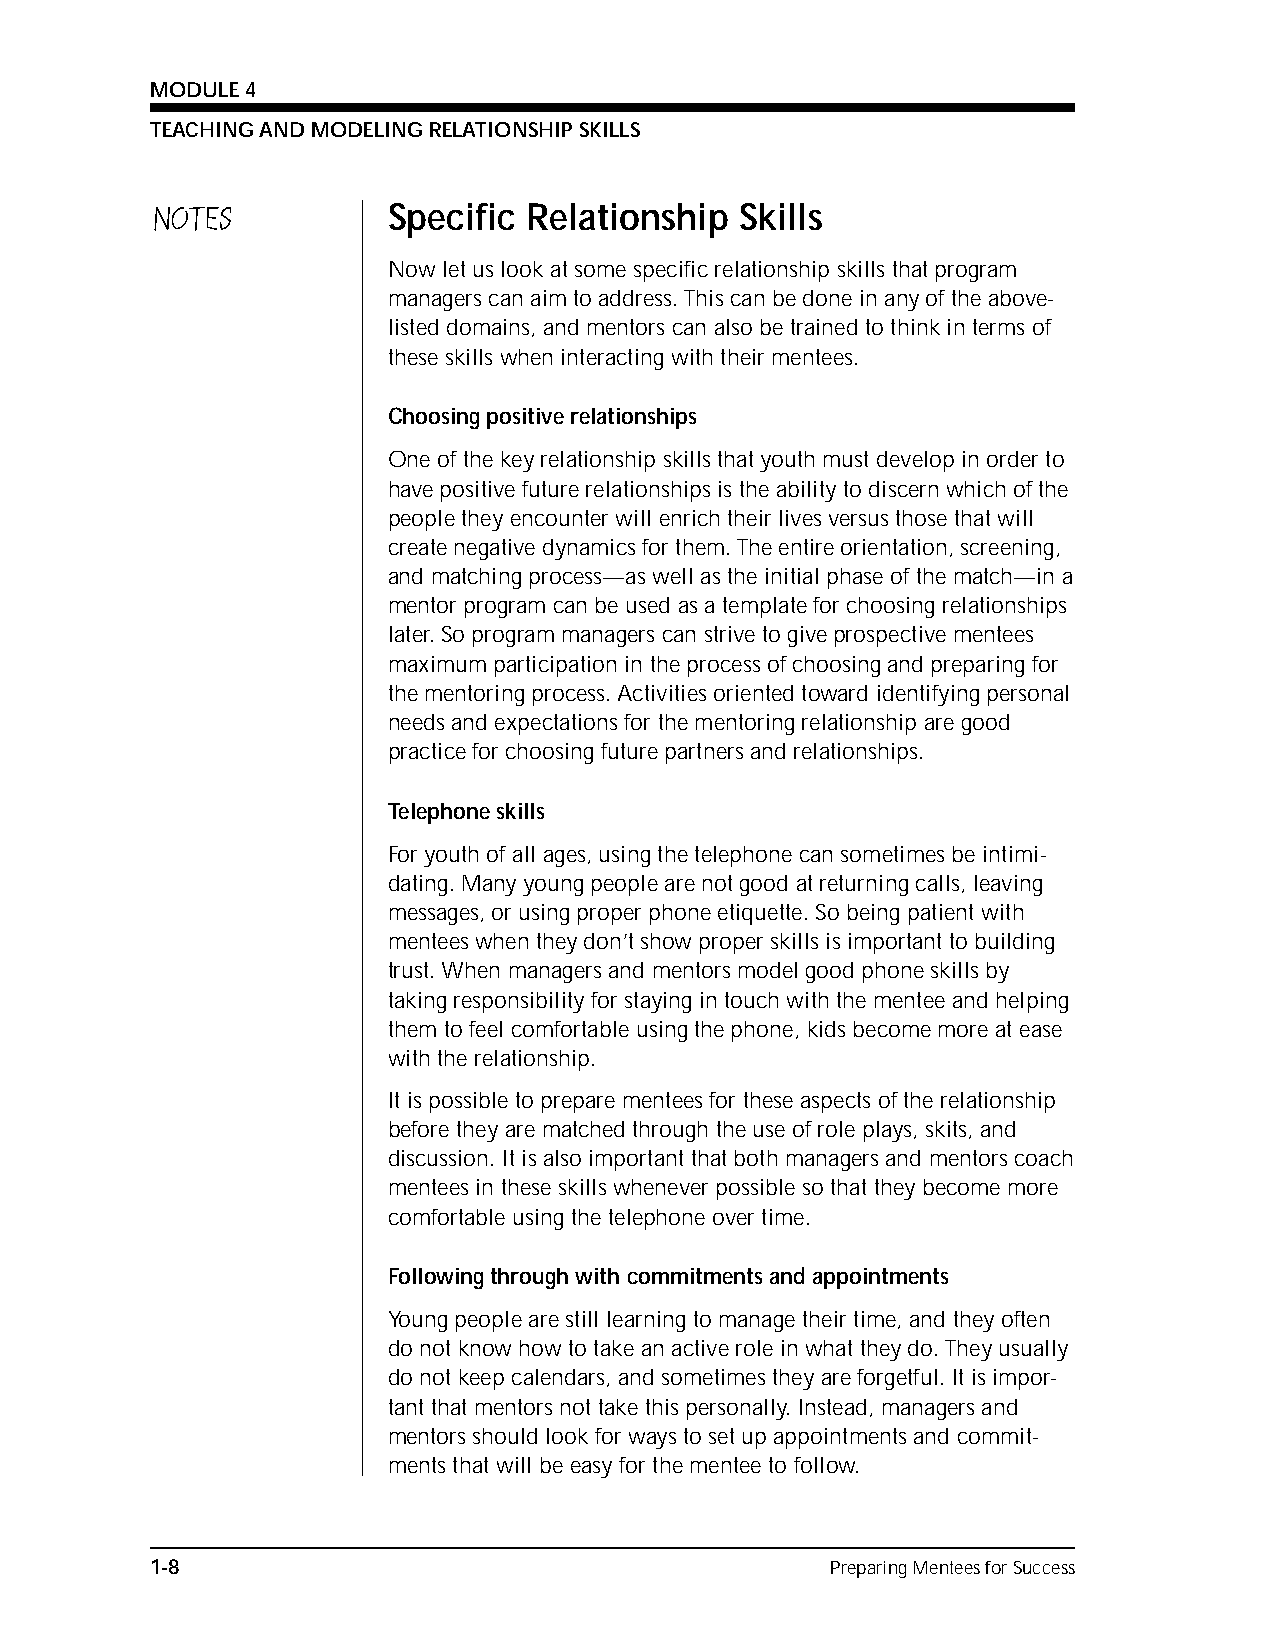
MODULE 4
 TEACHING AND MODELING RELATIONSHIP SKILLS
 NOTES           Specific Relationship  Skills
 Now let us look at some specific relationship skills that program
 managers can aim to address. This can be done in any of the above-
 listed domains, and mentors can also be trained to think in terms of
 these skills when interacting with their mentees.
 Choosing positive relationships
 One of the key relationship skills that youth must develop in order to
 have positive future relationships is the ability to discern which of the
 people they encounter will enrich their lives versus those that will
 create negative dynamics for them. The entire orientation, screening,
 and matching process—as well as the initial phase of the match—in a
 mentor program can be used as a template for choosing relationships
 later. So program managers can strive to give prospective mentees
 maximum participation in the process of choosing and preparing for
 the mentoring process. Activities oriented toward identifying personal
 needs and expectations for the mentoring relationship are good
 practice for choosing future partners and relationships.
 Telephone skills
 For youth of all ages, using the telephone can sometimes be intimi-
 dating. Many young people are not good at returning calls, leaving
 messages, or using proper phone etiquette. So being patient with
 mentees when they don’t show proper skills is important to building
 trust. When managers and mentors model good phone skills by
 taking responsibility for staying in touch with the mentee and helping
 them to feel comfortable using the phone, kids become more at ease
 with the relationship.
 It is possible to prepare mentees for these aspects of the relationship
 before they are matched through the use of role plays, skits, and
 discussion. It is also important that both managers and mentors coach
 mentees in these skills whenever possible so that they become more
 comfortable using the telephone over time.
 Following through with commitments and appointments
 Young people are still learning to manage their time, and they often
 do not know how to take an active role in what they do. They usually
 do not keep calendars, and sometimes they are forgetful. It is impor-
 tant that mentors not take this personally. Instead, managers and
 mentors should look for ways to set up appointments and commit-
 ments that will be easy for the mentee to follow.
 1-8                                          Preparing Mentees for Success